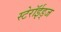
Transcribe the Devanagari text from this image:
स्टेरॉईड्ज